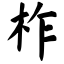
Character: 柞